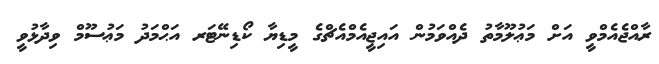
ރާއްޖެއެމްވީ އަށް މަޢުލޫމާތު ދެއްވަމުން އައިޖީއެމްއެޗްގެ މީޑިޔާ ކޯޑިނޭޓަރ އަޙްމަދު މަޢުސޫމް ވިދާޅުވީ